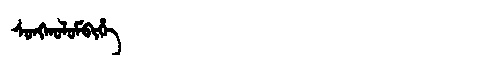
Manchu: ᠰᠣᠩᡴᠣᠯᠣᠮᠪᡳᡥᡝ
Romanization: SONGKOLOMBIHE